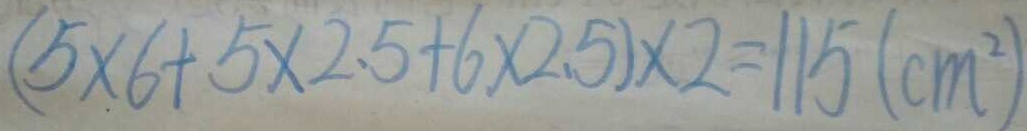
( 5 \times 6 + 5 \times 2 . 5 + 6 \times 2 . 5 ) \times 2 = 1 1 5 ( c m ^ { 2 } )